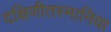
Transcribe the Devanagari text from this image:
दक्षिणीतस्मानिया